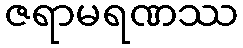
ဇရာမရဏဿ